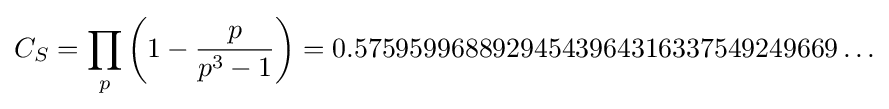
C_{S}=\prod _{p}\left(1-{\frac {p}{p^{3}-1}}\right)=0.57595996889294543964316337549249669\ldots